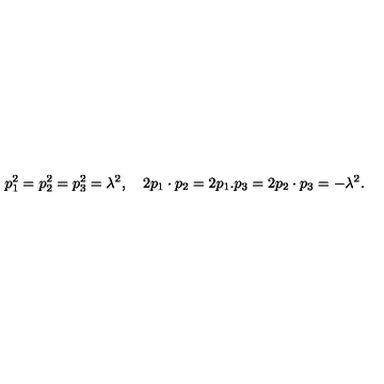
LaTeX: p _ { 1 } ^ { 2 } = p _ { 2 } ^ { 2 } = p _ { 3 } ^ { 2 } = \lambda ^ { 2 } , \quad 2 p _ { 1 } \cdot p _ { 2 } = 2 p _ { 1 } . p _ { 3 } = 2 p _ { 2 } \cdot p _ { 3 } = - \lambda ^ { 2 } .